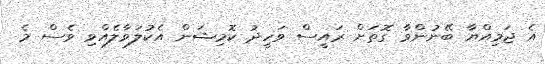
އެ ޖަމިއްޔާ ބޭނުންވާ ގޮތަށް ރައީސް ވަހީދު ކޮމިޝަން އެކުލަވާލެއްވި ވެސް މެ